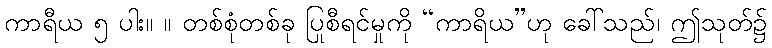
ကာရီယ ၅ ပါး။ ။ တစ်စုံတစ်ခု ပြုစီရင်မှုကို “ကာရိယ”ဟု ခေါ်သည်၊ ဤသုတ်၌